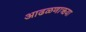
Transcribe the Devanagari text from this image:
आढळणाऋया